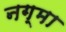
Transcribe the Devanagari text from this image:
नग्मा